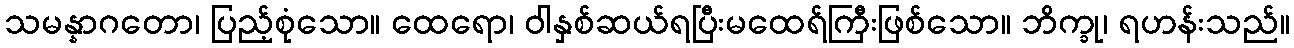
သမန္နာဂတော၊ ပြည့်စုံသော။ ထေရော၊ ဝါနှစ်ဆယ်ရပြီးမထေရ်ကြီးဖြစ်သော။ ဘိက္ခု၊ ရဟန်းသည်။